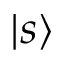
| s \rangle